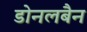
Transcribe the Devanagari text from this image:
डोनलबैन